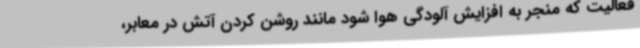
فعالیت که منجر به افزایش آلودگی هوا شود مانند روشن کردن آتش در معابر،